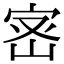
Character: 宻